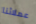
عملائنا